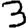
Digit: 3